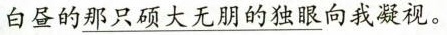
白昼的\underline{那只硕大无朋的独眼}向我凝视。